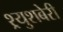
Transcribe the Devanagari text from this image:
श्र्युशबेरी